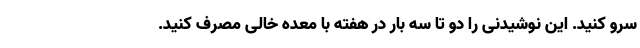
سرو کنید. این نوشیدنی را دو تا سه بار در هفته با معده خالی مصرف کنید.